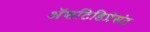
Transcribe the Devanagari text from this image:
अॅशटिडिप्रेसंट